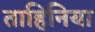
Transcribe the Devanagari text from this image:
ताहिनिया